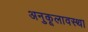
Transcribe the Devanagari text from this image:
अनुकूलावस्था